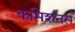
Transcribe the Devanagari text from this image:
कमिशनर्स